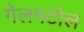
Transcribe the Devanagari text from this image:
गेलमटोल